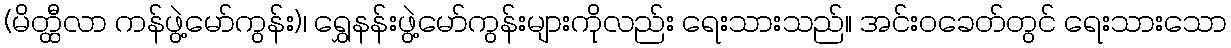
(မိတ္ထီလာ ကန်ဖွဲ့မော်ကွန်း)၊ ရွှေနန်းဖွဲ့မော်ကွန်းများကိုလည်း ရေးသားသည်။ အင်းဝခေတ်တွင် ရေးသားသော